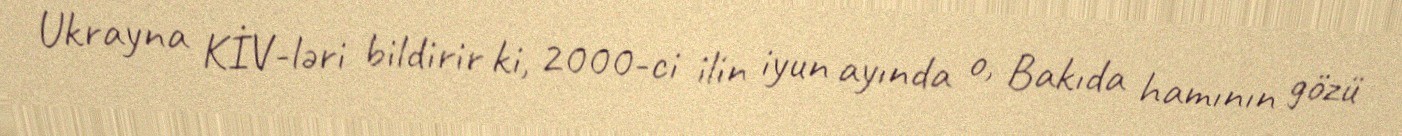
Ukrayna KİV-ləri bildirir ki, 2000-ci ilin iyun ayında o, Bakıda hamının gözü